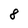
Character: 8